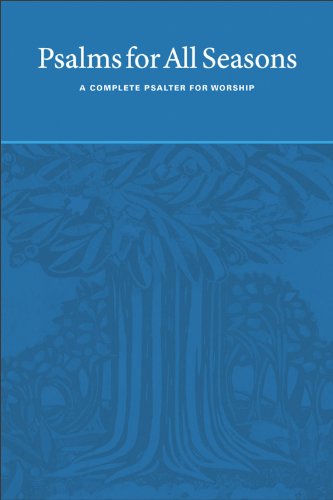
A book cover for Psalms for All Seasons: A Complete Psalter for Worship; Christian Books & Bibles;